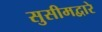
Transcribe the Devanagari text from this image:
सुसीमद्वारे